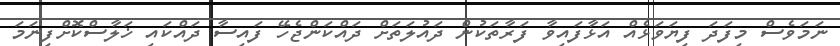
ނަމަވެސް މިފަދަ ފިޔަވަޅެއް އަޅާފައިވާ ފަރާތަކުން ދައުލަތަށް ދައްކަންޖެހޭ ފައިސާ ދައްކައި ޚަލާސްކޮށްފިނަމަ